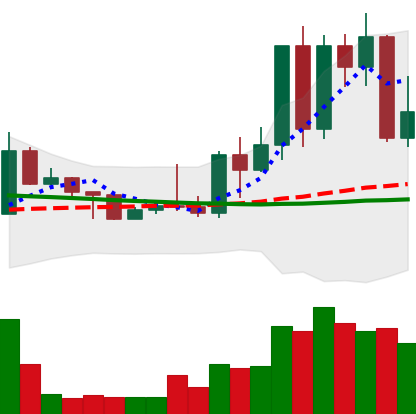
Ticker: TRX-USD
Chart end date: 2022-05-10
Forward return: -6.026%
Label: down_5_7